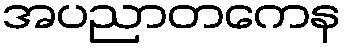
အပညာတကေန